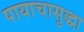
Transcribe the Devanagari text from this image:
पायाचासुद्धा